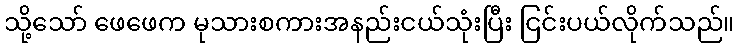
သို့သော် ဖေဖေက မုသားစကားအနည်းငယ်သုံးပြီး ငြင်းပယ်လိုက်သည်။